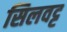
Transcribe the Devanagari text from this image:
सिलवट्ट